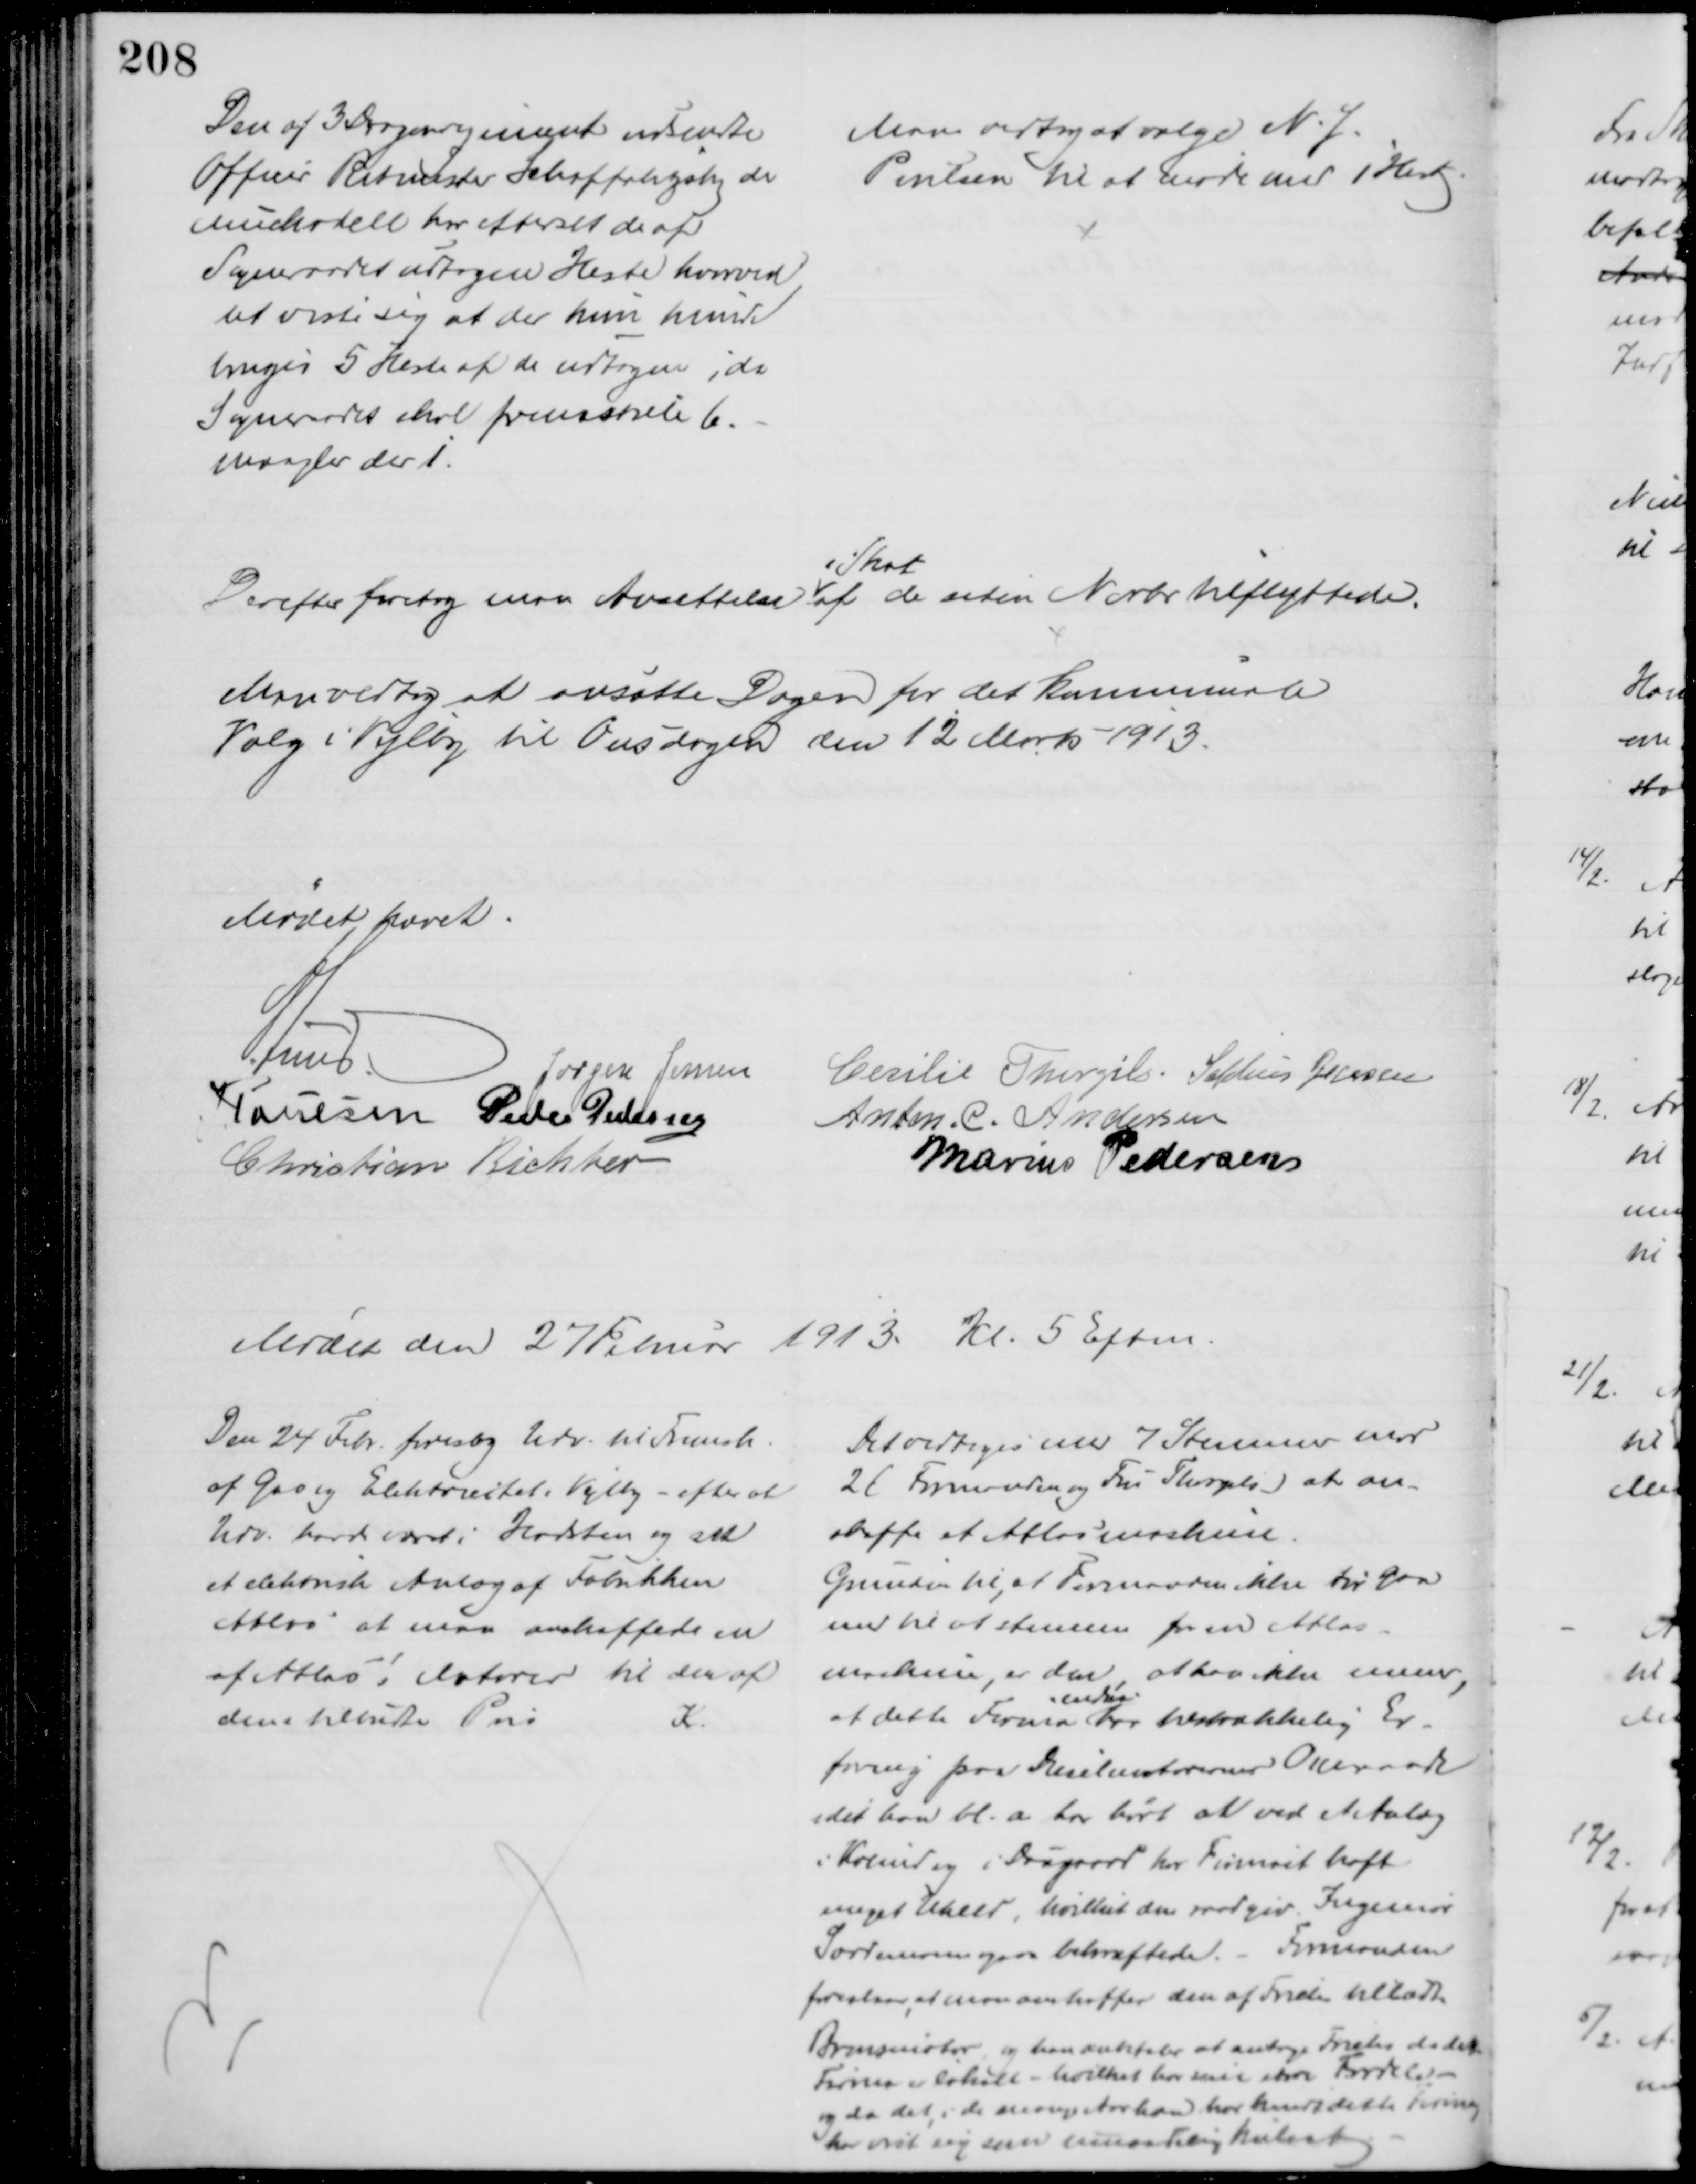
Transskription:
Den af 3 Dragonregiment udsendte
Officer Ritmester Schaffalitzky de
Muckadell har efterset de af
Sogneraadet udtagne Heste hvorved
det viste sig at der kun kunde
bruges 5 Heste af de udtagne, da
Sogneraadet skal fremstille 6.
mangler der 1.
Man vedtog at vælge N. J.
Poulsen til at møde med 1 Hest.
Derefter foretog man Ansættelse 
i Skat
af de siden Novbr tilflyttede.
Man vedtog at ansætte Dagen for det kommunale
Valg i Vejlby til Onsdagen den 12 Marts 1913.
Mødet hævet.
A. Lund.
Jørgen Jensen
Cecilie Thorgils. Sophus Jensen
J Poulsen Peder Pedersen
Anton. C. Andersen
Christian Richter
Marius Pedersen
Mødet den 27 Februar 1913. Kl. 5 Eftm.
Den 24 Febr. foretog Udv. til Fremsk.
af Gas og Elektricitet i Vejlby - efter at 
Udv. havde været i Hadsten og set
et elektrisk Anlæg af Fabrikken
Atlas at man anskaffede en
af Atlas's Motorer til den af 
den tilbudte Pris
K.
Det vedtoges med 7 Stemmer mod
2( Formanden og Fru Thorgils) at an-
skaffe et Atlasmaskine.
Grunden til, at Formanden ikke tør gaa
med til at stemme for en Atlas-
maskine, er den, at han ikke mener,
at dette Firma 

har tilstrækkelig Er-
faring paa Dieselmotorernes 
idet han bl.a. har hørt at ved et Anlæg
i Kolind og i Daugaard har Firmaet haft
meget Uheld, hvilket den raadgiv. Ingeniør 
Sardemann ogsaa bekræftede. - Formanden
foreslaar, at man anskaffer den af Frichs tilladte
Brmsmotor, og han anbefaler at antage Frichs da det
Firma er lokalt - hvilket har sine store Fordele -
og da det i de mange Aar han har kendt dette Firma.
har vist sig som umaadelig